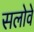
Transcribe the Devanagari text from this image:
सलोवे